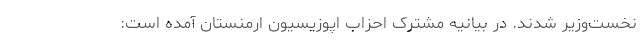
نخست‌وزیر شدند. در بیانیه مشترک احزاب اپوزیسیون ارمنستان آمده است: